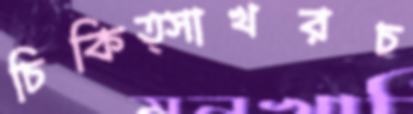
চিকিত্সাখরচ